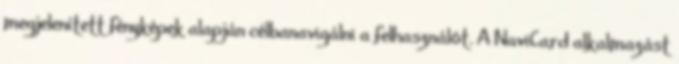
megjelenített fényképek alapján célbanavigálni a felhasználót. A NaviCard alkalmazást